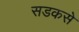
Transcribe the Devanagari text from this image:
सडकसे